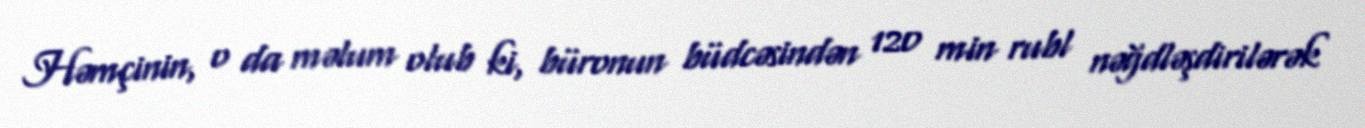
Həmçinin, o da məlum olub ki, büronun büdcəsindən 120 min rubl nəğdləşdirilərək